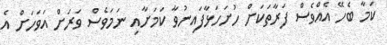
ކަމާ ބެހޭ އެއްވެސް ފަރާތަކަށް ހުށަހަޅާފައިނުވާ ކަމަށާއި ނަމަވެސް ވަރަށް އަވަހަށް އެ